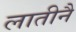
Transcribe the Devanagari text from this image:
लातीनै